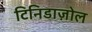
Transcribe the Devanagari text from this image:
टिनिडाज़ोल